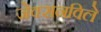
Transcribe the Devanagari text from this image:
जेक्सनविले